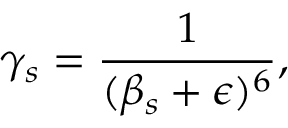
\gamma _ { s } = \frac { 1 } { ( \beta _ { s } + \epsilon ) ^ { 6 } } ,